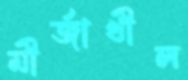
মীর্জাখীল